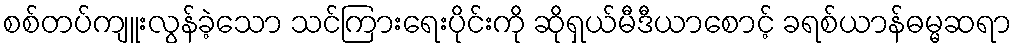
စစ်တပ်ကျူးလွန်ခဲ့သော သင်ကြားရေးပိုင်းကို ဆိုရှယ်မီဒီယာစောင့် ခရစ်ယာန်ဓမ္မဆရာ